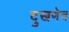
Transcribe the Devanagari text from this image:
दुखणेच